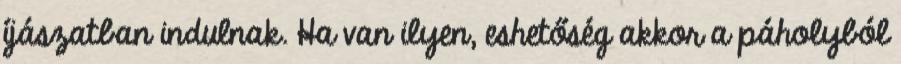
íjászatban indulnak. Ha van ilyen, eshetőség akkor a páholyból